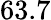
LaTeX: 63.7